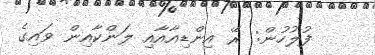
ފުލުހުން: ރޭ އިންޑިއާއާއި ލަންކާއިން ވައިގެ